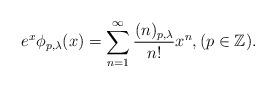
LaTeX: \begin{align*}e^{x}\phi_{p,\lambda}(x)=\sum_{n=1}^{\infty}\frac{(n)_{p,\lambda}}{n!}x^{n},(p\in\mathbb{Z}).\end{align*}